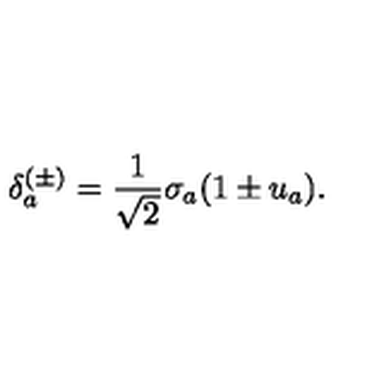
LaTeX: \delta _ { a } ^ { ( \pm ) } = \frac { 1 } { \sqrt { 2 } } \sigma _ { a } ( 1 \pm u _ { a } ) .